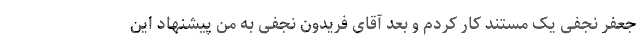
جعفر نجفی یک مستند کار کردم و بعد آقای فریدون نجفی به من پیشنهاد این